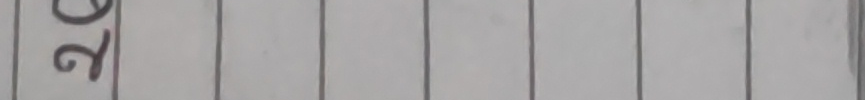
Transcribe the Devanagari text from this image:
२७